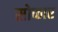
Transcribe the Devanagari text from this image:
सोफार